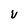
Character: V